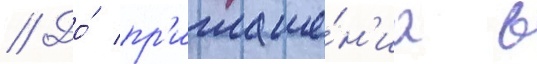
// До́ пр'иглаше́н'иа в